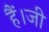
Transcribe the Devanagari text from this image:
हैं।जी